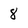
Character: 8